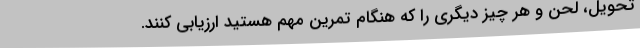
تحویل، لحن و هر چیز دیگری را که هنگام تمرین مهم هستید ارزیابی کنند.